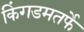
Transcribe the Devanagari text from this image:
किंगडमतर्फे